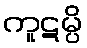
ကူဋမ္ပိ